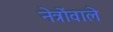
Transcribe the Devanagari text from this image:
नेत्रोंवाले